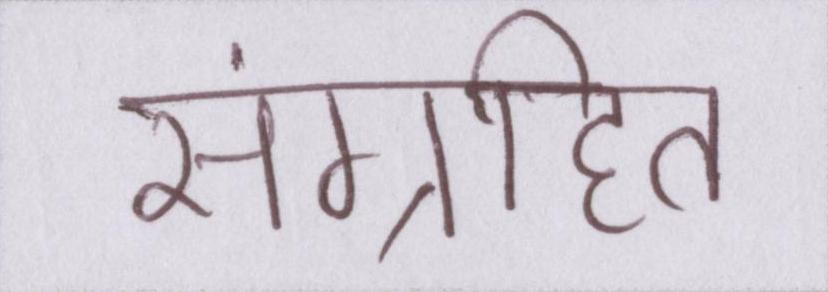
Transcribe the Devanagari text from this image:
संग्रहित